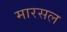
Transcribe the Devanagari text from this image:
मारसल